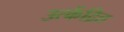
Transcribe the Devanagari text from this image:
उत्केंद्रित